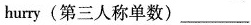
hurry(第三人称单数)___